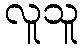
လူသူ